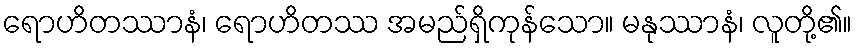
ရောဟိတဿာနံ၊ ရောဟိတဿ အမည်ရှိကုန်သော။ မနုဿာနံ၊ လူတို့၏။